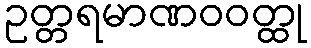
ဥတ္တရမာဏဝဝတ္ထု